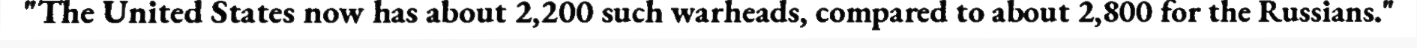
"The United States now has about 2,200 such warheads, compared to about 2,800 for the Russians."